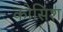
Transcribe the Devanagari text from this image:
कोसिश